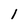
Character: 1